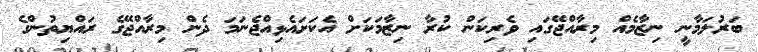
ބަރުލަމާނީ ނިޒާމެއް މިރާއްޖޭގައި ވެރިކަން ކުރާ ނިޒާމަކަށް އެކަށައެޅިއްޖެނަމަ ދެން މިރާއްޖޭގެ ރައްޔިތުންގެ